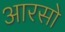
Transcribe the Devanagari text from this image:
आरसो